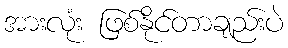
အားလုံး ဖြစ်နိုင်တာချည်းပဲ